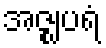
အဇ္ဈပရံ